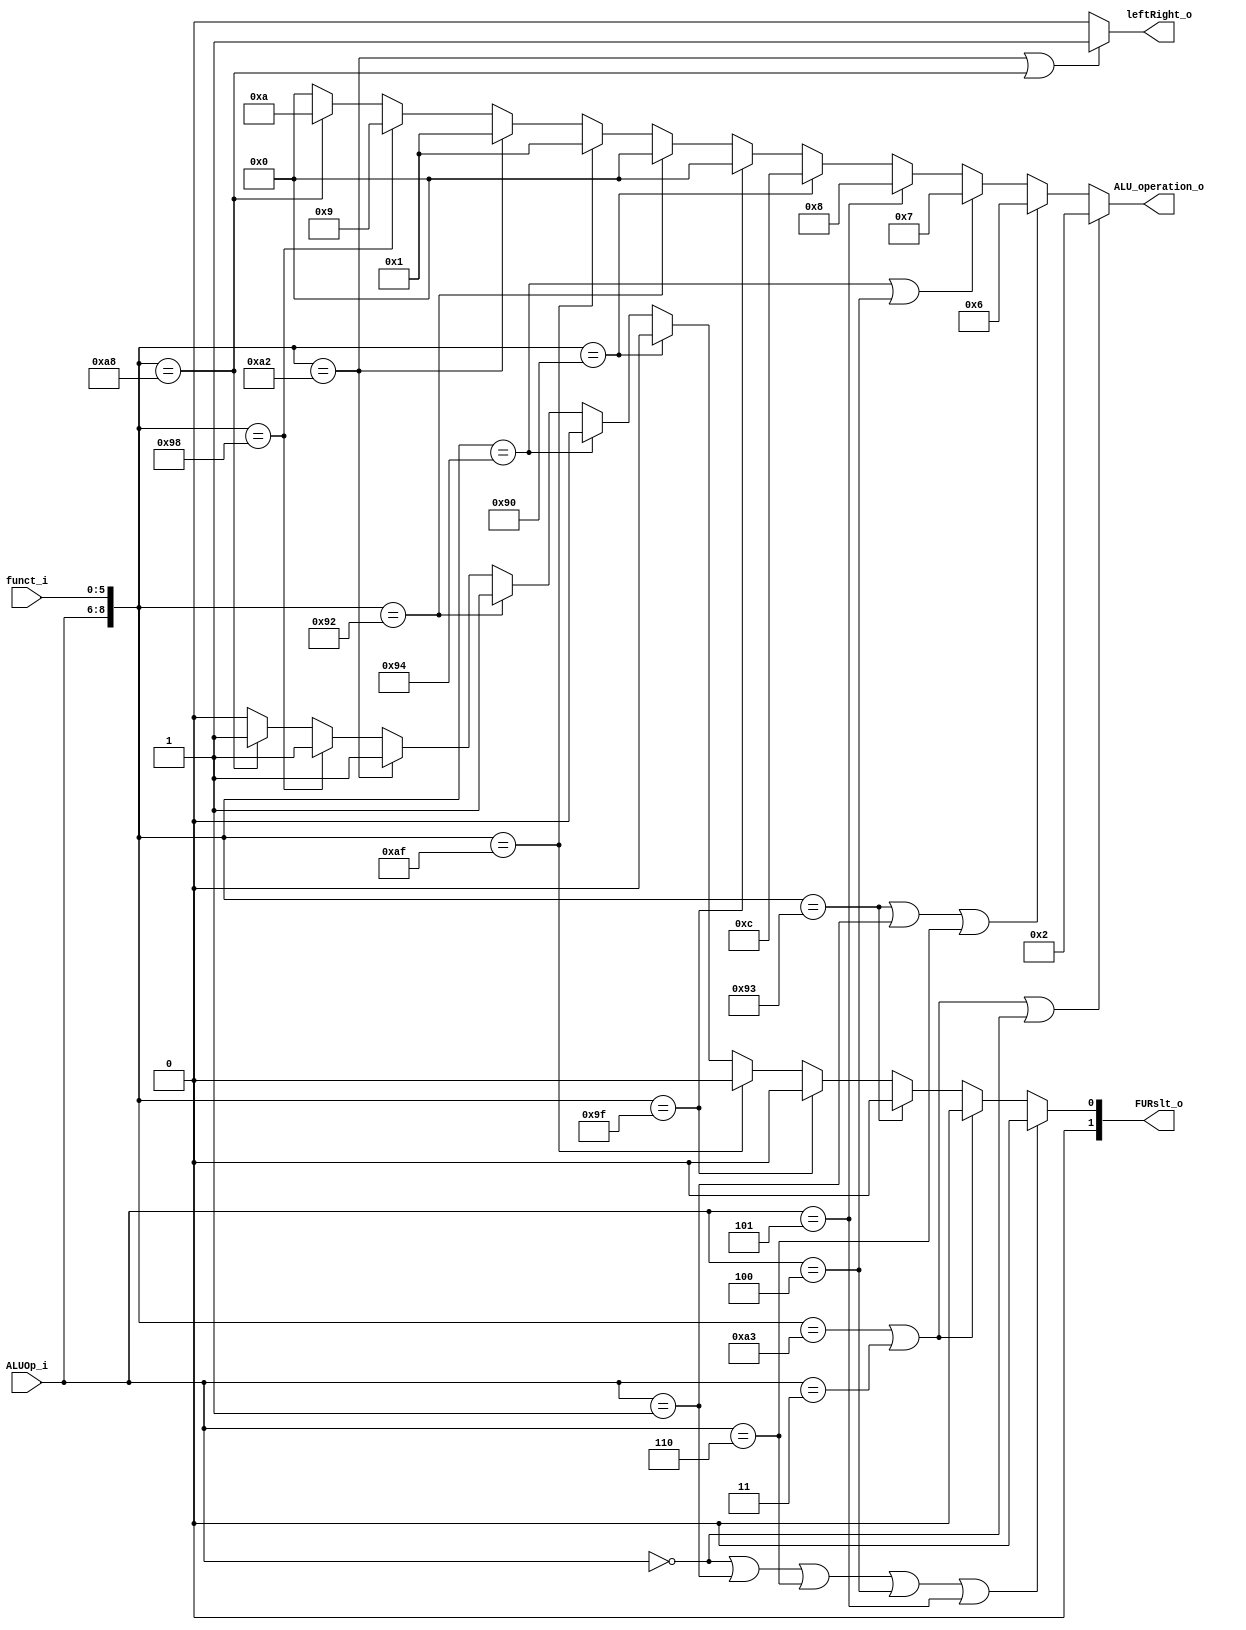
module ALU_Ctrl (
    funct_i,
    ALUOp_i,
    ALU_operation_o,
    FURslt_o,
    leftRight_o
);

  //I/O ports
  input [6-1:0] funct_i;
  input [3-1:0] ALUOp_i;

  output [4-1:0] ALU_operation_o;
  output [2-1:0] FURslt_o;
  output leftRight_o;

  //Internal Signals
  wire [4-1:0] ALU_operation_o;
  wire [2-1:0] FURslt_o;
  wire leftRight_o;

  //Main function
  /*your code here*/
  
  // 4'b0000 and
	// 4'b0001 or
	// 4'b0010 add
	// 4'b0110 sub
	// 4'b0111 slt
	// 4'b1100 nor

  // add = 6b100011
  // sub = 6b010011
  // and = 6b011111
  // or  = 6b101111
  // nor = 6b010000
  // sll = 6b010010
  // slt = 6b010100
  // srl = 6b100010
  // jr  = 6'b000001
  // sllv= 6b011000
  // slrv= 6b101000

  //parameter
parameter addi = 3'b011;
parameter lwsw  = 3'b000;
parameter beq  = 3'b001;
parameter bne  = 3'b110; // bnez, bne
parameter blt  = 3'b100;
parameter bgez = 3'b101;
	
  assign ALU_operation_o = ({ALUOp_i,funct_i} == 9'b010100011 || ALUOp_i == 3'b011 || ALUOp_i == 3'b000) ? 4'b0010 
  : ({ALUOp_i,funct_i} == 9'b010010011 || ALUOp_i == 3'b001 || ALUOp_i == 3'b110) ? 4'b0110 
  : ({ALUOp_i,funct_i} == 9'b010010100 || ALUOp_i == 3'b100) ? 4'b0111
  : (ALUOp_i == 3'b101) ? 4'b1000
  : ({ALUOp_i,funct_i} == 9'b010010000) ? 4'b1100
  : ({ALUOp_i,funct_i} == 9'b010011111) ? 4'b0000
  : ({ALUOp_i,funct_i} == 9'b010010010) ? 4'b0000
  : ({ALUOp_i,funct_i} == 9'b010101111) ? 4'b0001
  : ({ALUOp_i,funct_i} == 9'b010100010) ? 4'b0001
  : ({ALUOp_i,funct_i} == 9'b010011000) ? 4'b1001
  : ({ALUOp_i,funct_i} == 9'b010101000) ? 4'b1010 : 4'b0000;

  // assign FURslt_o = ({ALUOp_i,funct_i} == 9'b010100010 || {ALUOp_i,funct_i} == 9'b010101000 || {ALUOp_i,funct_i} == 9'b010011000 || {ALUOp_i,funct_i} == 9'b010010010) ? 2'b01 : 2'b00;
  assign FURslt_o =  	(ALUOp_i == lwsw || ALUOp_i == beq || ALUOp_i == bne || ALUOp_i == blt || ALUOp_i == bgez) ? 2'b00 
  : ({ALUOp_i,funct_i} == 9'b010100011 || ALUOp_i == addi) ? 2'b00 
  : ({ALUOp_i,funct_i} == 9'b010010011) ? 2'b00 
  : ({ALUOp_i,funct_i} == 9'b010011111) ? 2'b00 
  : ({ALUOp_i,funct_i} == 9'b010101111) ? 2'b00 
  : ({ALUOp_i,funct_i} == 9'b010010000) ? 2'b00 
  : ({ALUOp_i,funct_i} == 9'b010010100) ? 2'b00 
  : ({ALUOp_i,funct_i} == 9'b010010010) ? 2'b01 
  : ({ALUOp_i,funct_i} == 9'b010100010) ? 2'b01 
  : ({ALUOp_i,funct_i} == 9'b010011000) ? 2'b01 
  : ({ALUOp_i,funct_i} == 9'b010101000) ? 2'b01 : 2'b00;

  // lr = 1 -> shift right >>
  // lr = 0 -> shift left  <<
  assign leftRight_o = ({ALUOp_i,funct_i} == 9'b010100010 || {ALUOp_i,funct_i} == 9'b010101000) ? 1'b1 : 1'b0;

endmodule